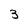
Character: 3